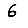
Digit: 6